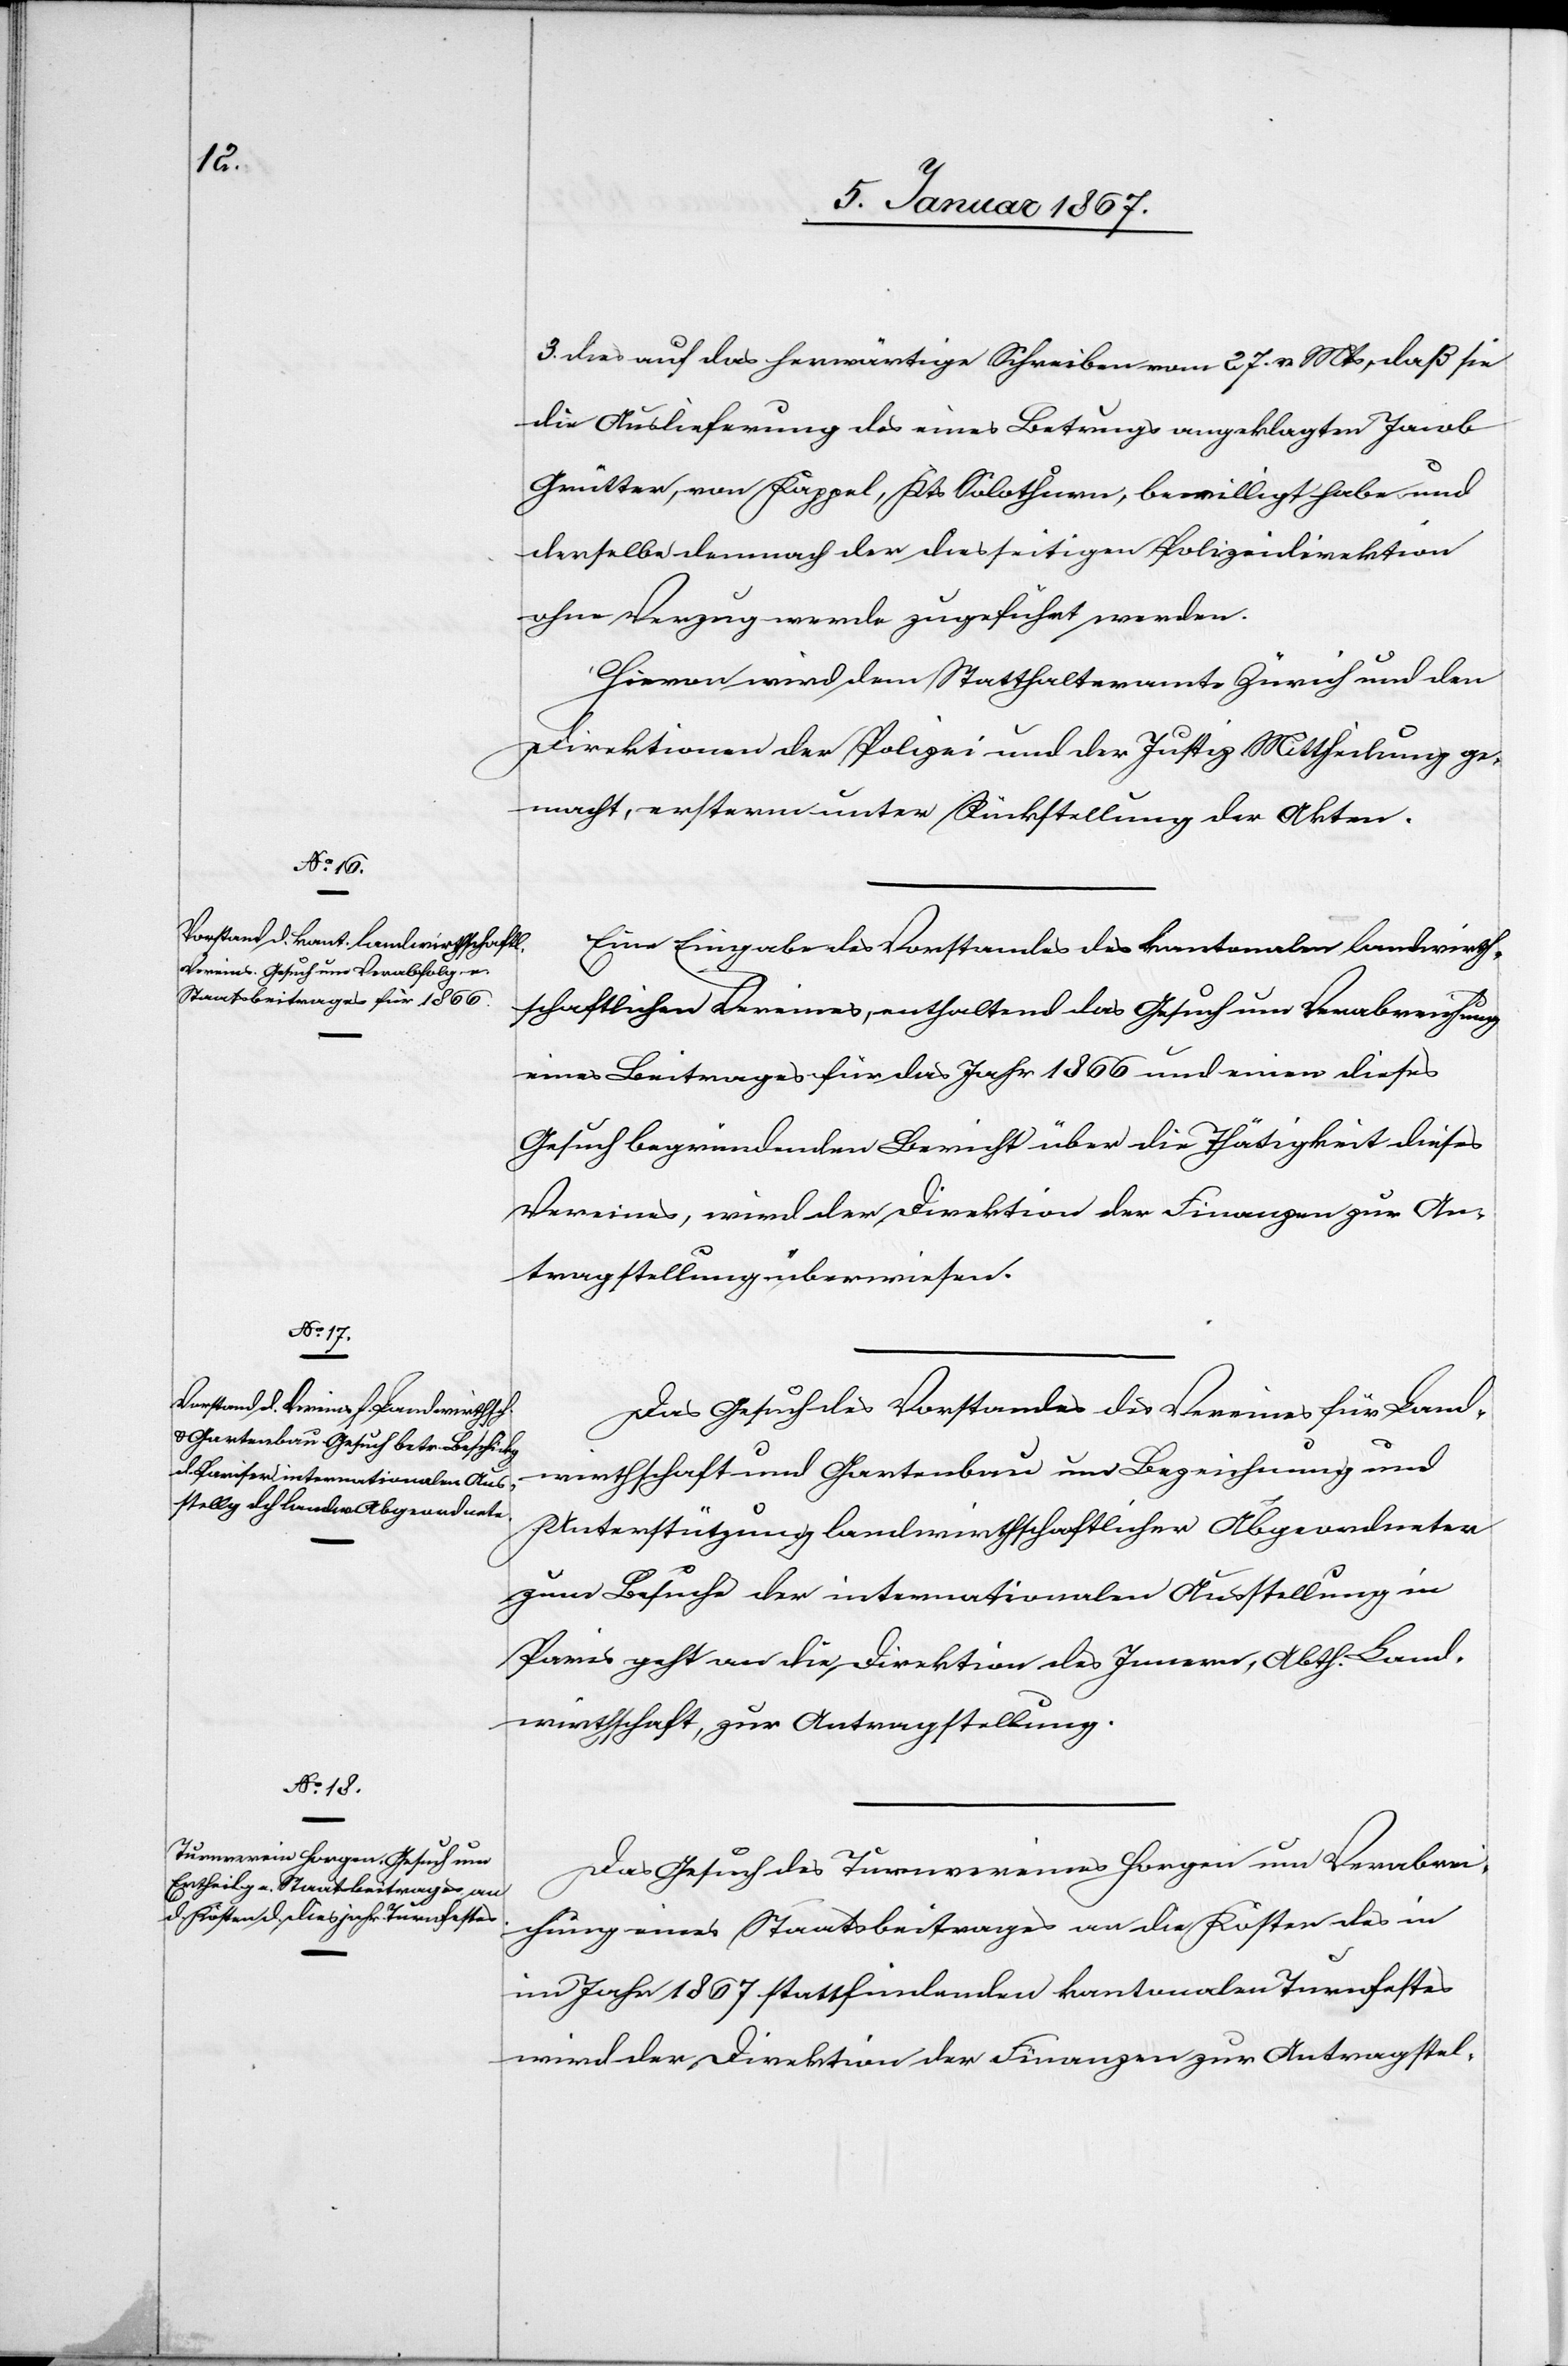
5. Januar 1867.]
3. dies auf das herwärtige Schreiben vom 24. v. Mts, daß sie
die Auslieferung des eines Betrugs angeklagten Jacob
Grütter, von Kappel, Kts Solothurn, bewilligt habe und
derselbe demnach der diesseitigen Polizeidirektion
ohne Verzug werde zugeführt werden.
Hiervon wird dem Statthalteramte Zürich und den
Direktionen der Polizei und der Justiz Mittheilung ge¬
macht, ersterm unter Rückstellung der Akten.
Eine Eingabe des Vorstandes des kantonalen landwirth¬
schaftlichen Vereins, enthaltend das Gesuch um Verabreichung
eines Beitrages für das Jahr 1866 und einen dieses
Gesuch begründenden Bericht über die Thätigkeit dieses
Vereines, wird der Direktion der Finanzen zur An¬
tragstellung überwiesen.
Das Gesuch des Vorstandes des Vereines für Land¬
wirthschaft und Gartenbau um Bezeichnung und
Unterstützung landwirthschaftlicher Abgeordneter
zum Besuche der internationalen Ausstellung in
Paris geht an die Direktion des Innern, Abth. Land¬
wirthschaft, zur Antragstellung.
Das Gesuch des Turnvereines Horgen um Verabrei¬
chung eines Staatsbeitrages an die Kosten des in
Jahr 1867 stattfindenden kantonalen Turnfestes
wird der Direktion der Finanzen zur Antragstel-